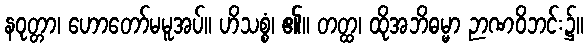
နဝုတ္တာ၊ ဟောတော်မမူအပ်။ ဟိသစ္စံ၊ ၏။ တတ္ထ၊ ထိုအဘိဓမ္မာ ဉာဏဝိဘင်း၌။